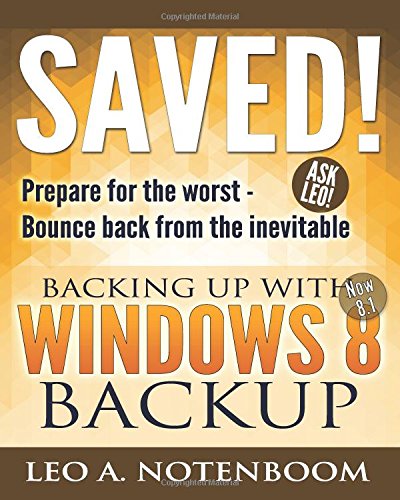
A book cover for Saved! Backing Up With Windows 8 Backup: Prepare for the worst - Bounce back from the inevitable; Leo A Notenboom; Computers & Technology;